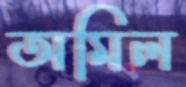
অমিল